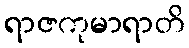
ရာဇကုမာရာတိ